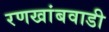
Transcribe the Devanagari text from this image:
रणखांबवाडी